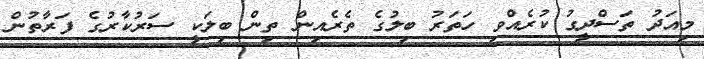
މިއަދު ތަސްދީގު ކުރެއްވި ހަތަރު ބިލުގެ ތެރެއިން ތިން ބިލަކީ ސަރުކާރުގެ ފަރާތުން